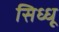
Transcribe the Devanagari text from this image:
सिध्धू